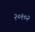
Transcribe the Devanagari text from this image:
२०१०२